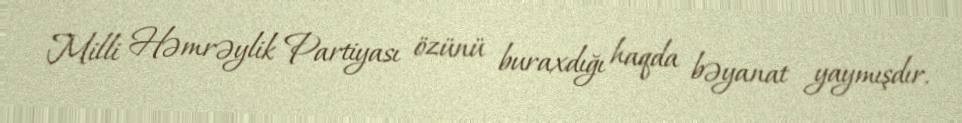
Milli Həmrəylik Partiyası özünü buraxdığı haqda bəyanat yaymışdır.